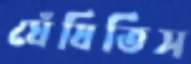
ঘেঁষিতিস